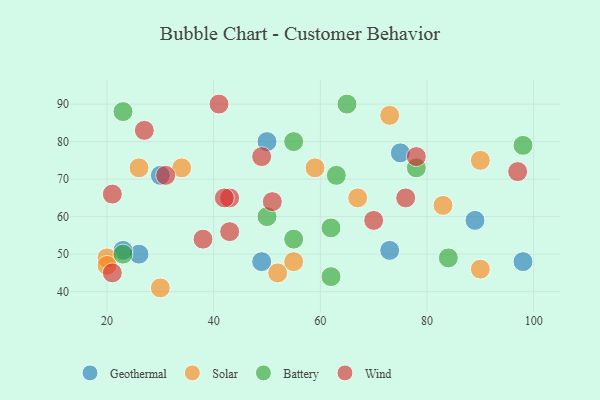
{"axis": {"x": "GDP", "y": "Life Expectancy"}, "legend": ["Battery", "Geothermal", "Solar", "Wind"], "data": [{"x": "89", "y": 59, "type": "Geothermal"}, {"x": "26", "y": 50, "type": "Geothermal"}, {"x": "75", "y": 77, "type": "Geothermal"}, {"x": "98", "y": 48, "type": "Geothermal"}, {"x": "73", "y": 51, "type": "Geothermal"}, {"x": "23", "y": 51, "type": "Geothermal"}, {"x": "50", "y": 80, "type": "Geothermal"}, {"x": "30", "y": 71, "type": "Geothermal"}, {"x": "49", "y": 48, "type": "Geothermal"}, {"x": "26", "y": 73, "type": "Solar"}, {"x": "83", "y": 63, "type": "Solar"}, {"x": "34", "y": 73, "type": "Solar"}, {"x": "55", "y": 48, "type": "Solar"}, {"x": "59", "y": 73, "type": "Solar"}, {"x": "52", "y": 45, "type": "Solar"}, {"x": "90", "y": 46, "type": "Solar"}, {"x": "30", "y": 41, "type": "Solar"}, {"x": "90", "y": 75, "type": "Solar"}, {"x": "73", "y": 87, "type": "Solar"}, {"x": "20", "y": 49, "type": "Solar"}, {"x": "20", "y": 47, "type": "Solar"}, {"x": "67", "y": 65, "type": "Solar"}, {"x": "50", "y": 60, "type": "Battery"}, {"x": "84", "y": 49, "type": "Battery"}, {"x": "62", "y": 44, "type": "Battery"}, {"x": "78", "y": 73, "type": "Battery"}, {"x": "65", "y": 90, "type": "Battery"}, {"x": "23", "y": 50, "type": "Battery"}, {"x": "98", "y": 79, "type": "Battery"}, {"x": "55", "y": 80, "type": "Battery"}, {"x": "23", "y": 88, "type": "Battery"}, {"x": "62", "y": 57, "type": "Battery"}, {"x": "55", "y": 54, "type": "Battery"}, {"x": "63", "y": 71, "type": "Battery"}, {"x": "27", "y": 83, "type": "Wind"}, {"x": "97", "y": 72, "type": "Wind"}, {"x": "41", "y": 90, "type": "Wind"}, {"x": "43", "y": 65, "type": "Wind"}, {"x": "78", "y": 76, "type": "Wind"}, {"x": "21", "y": 66, "type": "Wind"}, {"x": "42", "y": 65, "type": "Wind"}, {"x": "38", "y": 54, "type": "Wind"}, {"x": "70", "y": 59, "type": "Wind"}, {"x": "21", "y": 45, "type": "Wind"}, {"x": "31", "y": 71, "type": "Wind"}, {"x": "76", "y": 65, "type": "Wind"}, {"x": "49", "y": 76, "type": "Wind"}, {"x": "43", "y": 56, "type": "Wind"}, {"x": "51", "y": 64, "type": "Wind"}]}